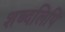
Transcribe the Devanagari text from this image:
शब्दलिपि